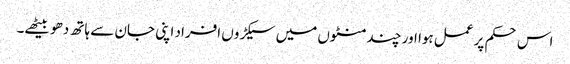
اس حکم پر عمل ہوا اور چند منٹوں میں سیکڑوں افراد اپنی جان سے ہاتھ دھو بیٹھے۔